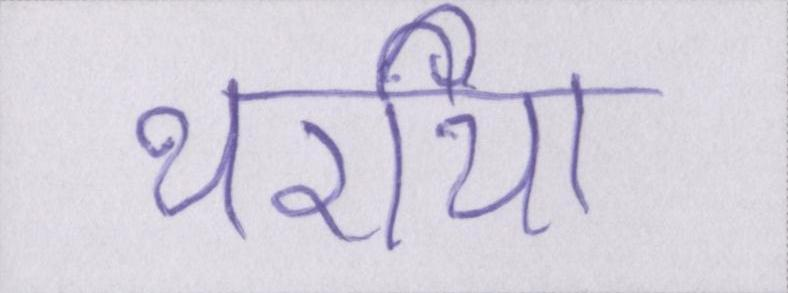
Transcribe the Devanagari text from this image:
थर्राया।